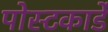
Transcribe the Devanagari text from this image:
पोस्टकार्डे